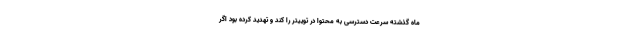
ماه گذشته سرعت دسترسی به محتوا در توییتر را کند و تهدید کرده بود اگر